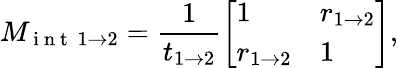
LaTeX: M_{\mathrm{~i~n~t~}\, 1\rightarrow 2}=\frac{1}{t_{1\rightarrow 2}}\left[\begin{array}{ll}{1}&{r_{1\rightarrow 2}}\\ {r_{1\rightarrow 2}}&{1}\end{array}\right],